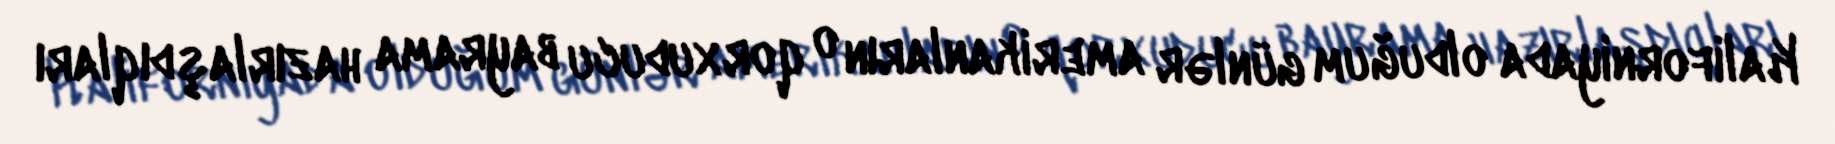
Kaliforniyada olduğum günlər amerikanların o qorxuducu bayrama hazırlaşdıqları